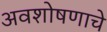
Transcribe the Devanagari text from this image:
अवशोषणाचे